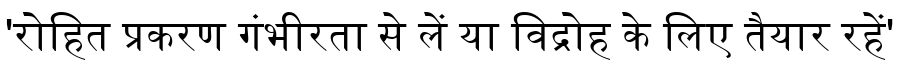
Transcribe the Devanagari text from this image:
'रोहित प्रकरण गंभीरता से लें या विद्रोह के लिए तैयार रहें'